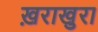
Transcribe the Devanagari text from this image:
ख़राखुरा